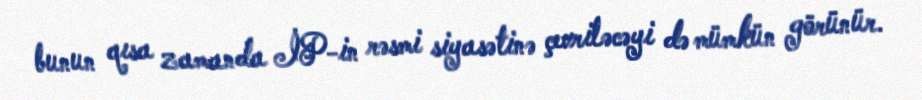
bunun qısa zamanda İP-in rəsmi siyasətinə çevriləcəyi də mümkün görünür.